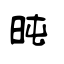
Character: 旽